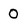
Character: 0